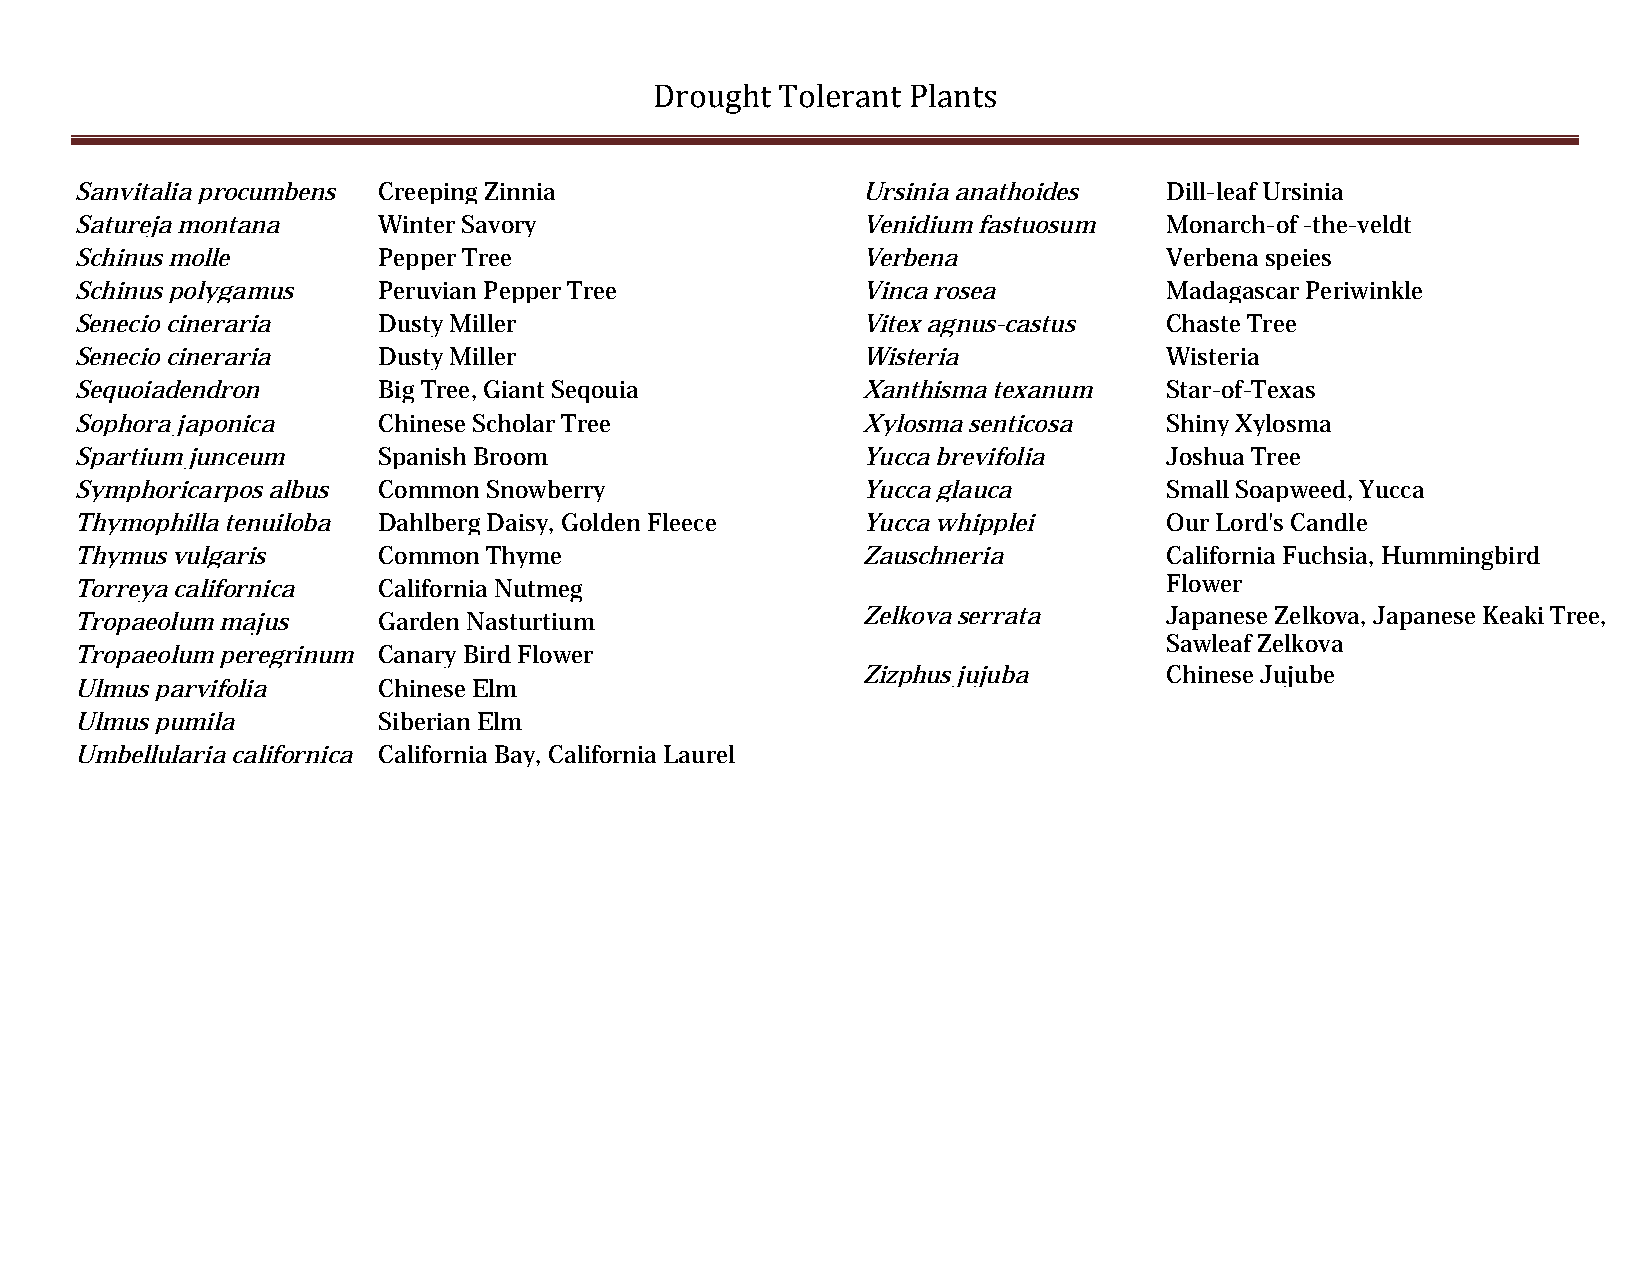
Drought  Tolerant Plants
 Sanvitalia procumbens Creeping Zinnia               Ursinia anathoides  Dill-leaf Ursinia
 Satureja montana    Winter Savory                   Venidium fastuosum  Monarch-of -the-veldt
 Schinus molle       Pepper Tree                     Verbena             Verbena speies
 Schinus polygamus   Peruvian Pepper Tree            Vinca rosea         Madagascar Periwinkle
 Senecio cineraria   Dusty Miller                    Vitex agnus-castus  Chaste Tree
 Senecio cineraria   Dusty Miller                    Wisteria            Wisteria
 Sequoiadendron      Big Tree, Giant Seqouia         Xanthisma texanum   Star-of-Texas
 Sophora japonica    Chinese Scholar Tree            Xylosma senticosa   Shiny Xylosma
 Spartium junceum    Spanish Broom                   Yucca brevifolia    Joshua Tree
 Symphoricarpos albus Common Snowberry               Yucca glauca        Small Soapweed, Yucca
 Thymophilla tenuiloba Dahlberg Daisy, Golden Fleece Yucca whipplei      Our Lord's Candle
 Thymus vulgaris     Common Thyme                    Zauschneria         California Fuchsia, Hummingbird
 Torreya californica California Nutmeg                                   Flower
 Zelkova serrata     Japanese Zelkova, Japanese Keaki Tree,
 Tropaeolum majus    Garden Nasturtium
 Sawleaf Zelkova
 Tropaeolum peregrinum Canary Bird Flower
 Zizphus jujuba      Chinese Jujube
 Ulmus parvifolia    Chinese Elm
 Ulmus pumila        Siberian Elm
 Umbellularia californica California Bay, California Laurel